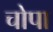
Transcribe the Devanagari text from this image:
चोपा